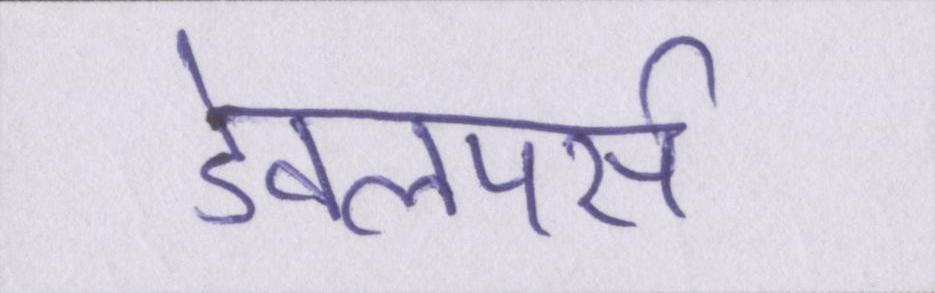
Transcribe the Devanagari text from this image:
डेवलपर्स